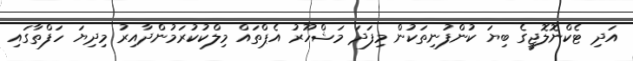
އަދި ޓެކްނޮލޮޖީގެ ބިޔަ ކުންފުނިތަކުން މިފަދަ މަޝްހޫރު އެޕްތައް މިލްކުކުރަމުންދާއިރު މިދިޔަ ހަފްތާގައި